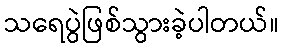
သရေပွဲဖြစ်သွားခဲ့ပါတယ်။